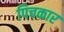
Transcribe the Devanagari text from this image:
पिचकार